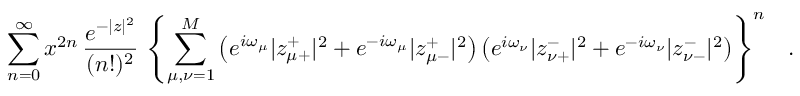
\sum _ { n = 0 } ^ { \infty } x ^ { 2 n } \, \frac { e ^ { - | z | ^ { 2 } } } { ( n ! ) ^ { 2 } } \, \left\{ \sum _ { \mu , \nu = 1 } ^ { M } \left( e ^ { i \omega _ { \mu } } | z _ { \mu + } ^ { + } | ^ { 2 } + e ^ { - i \omega _ { \mu } } | z _ { \mu - } ^ { + } | ^ { 2 } \right) \left( e ^ { i \omega _ { \nu } } | z _ { \nu + } ^ { - } | ^ { 2 } + e ^ { - i \omega _ { \nu } } | z _ { \nu - } ^ { - } | ^ { 2 } \right) \right\} ^ { n } \ \ \ .